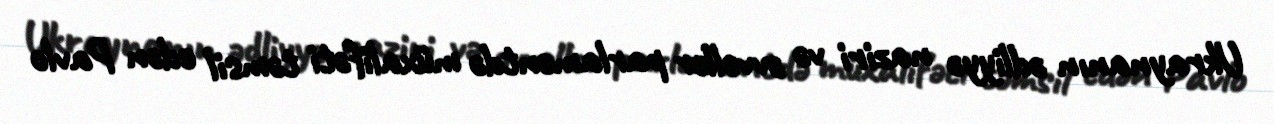
Ukraynanın ədliyyə naziri və əvvəllər parlamentdə müxalifəti təmsil edən Pavlo